Indian Medical Review
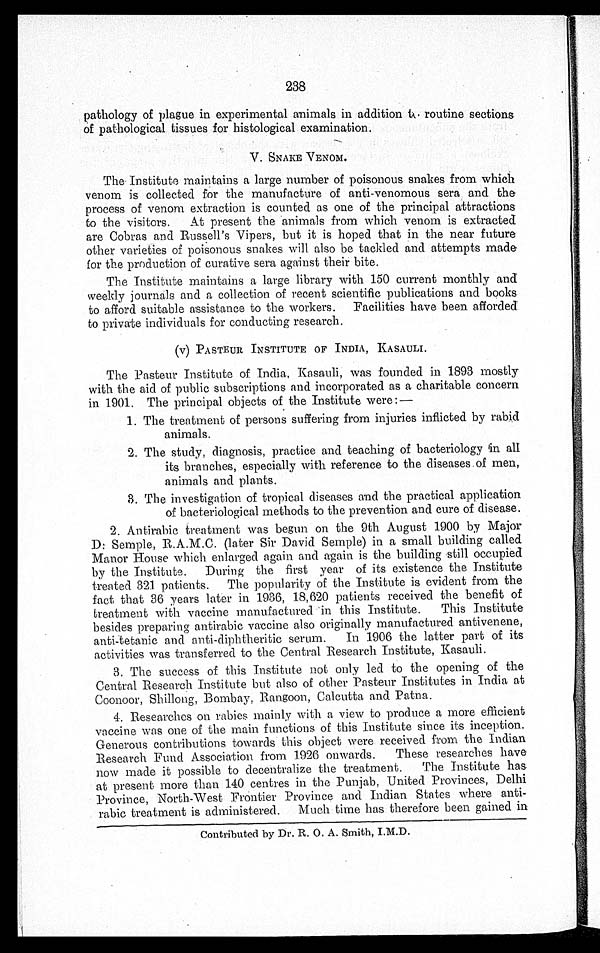
238
pathology of plague in experimental animals in addition to routine sections
of pathological tissues for histological examination.
V. SNAKE VENOM.
The . Institute maintains a large number of poisonous snakes from which
venom is collected for the manufacture of anti-venomous sera and the
process of venom extraction is counted as one of the principal attractions
to the visitors. At present the animals from which venom is extracted
are Cobras and Russell's Vipers, but it is hoped that in the near future.
other varieties of poisonous snakes will. also be tackled and attempts made.
for the production of curative sera against their bite.
The Institute maintains a large library with 150 current monthly and
weekly journals and a collection of recent scientific publications and books
to afford suitable assistance to the workers. Facilities have been afforded
to private individuals for conducting research.
(v) PASTEUR INSTITUTE OF INDIA, KA SAULI.
The Pasteur Institute of India, Kasauli, was founded in 1893 mostly
with the aid of public subscriptions and incorporated as a charitable concern
in 1901. The principal objects of the Institute were:—
1. The treatment of persons suffering from injuries inflicted by rabid
animals.
2. The study, diagnosis, practice and teaching of bacteriology in all
its branches, especially with reference to the diseases of men,
animals and plants.
3. The investigation of tropical diseases and the practical application
of bacteriological methods to the prevention and cure of disease.
2. Antirabic treatment was begun on the 9th August 1900 by Major
D: Semple, R.A.M.C. (later Sir David Semple) in a small building called
Manor House which enlarged again and again is the building still occupied
by the Institute.
During the first year of its existence the Institute
treated 321 patients.
The popularity of the Institute is evident from the
fact that 36 years later in 1936, 18,620 patients received the benefit of
treatment with vaccine manufactured 'in this Institute.
This Institute
besides preparing antirabic vaccine also originally manufactured antivenene,
anti-tetanic and anti-diphtheritic serum.
In 1906 the latter part of its
activities was transferred to the Central Research Institute. Kasauli.
3. The success of this Institute not only led -to the opening of the
Central Research Institute but also of other Pasteur Institutes in India at
Coonoor, Shillong, Bombay, Rangoon, Calcutta and Patna.
4. Researches on rabies mainly with a view to produce a more efficient
vaccine was one of the main functions of this Institute since its inception.
Generous contributions towards this object were received from the Indian
Research Fund Association from 1926 onwards.
These researches have.
now made it possible to decentralize the treatment. The Institute has
atpresent more than 140 centres in the Punjab, United Provinces, Delhi
Province, North-West Frontier Province and Indian States where anti-
rabic treatment is administered. Much time has therefore been gained in
Contributed by Dr. R. O. A. Smith, I.M.D.